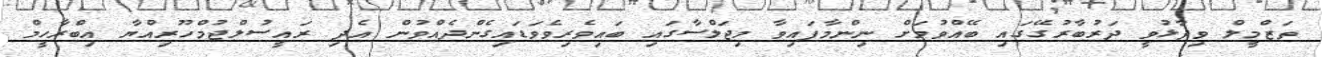
ތަޒްމީލް ވިދާޅުވީ ދަރުބާރުގޭގައި ބޭއްވުމަށް ނިންމާފައިވާ މިޖަލްސާގައި ބައިވެރިވެވަޑައިގެންދެއްވުން އެދި ރައީސުލްޖުމްހޫރިއްޔާ އިބްރާހީމް